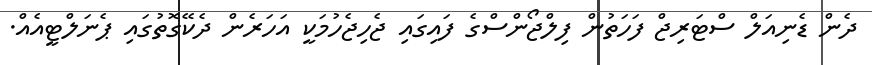
ދެން ޑެނިއަލް ސްޓަރިޖް ފަހަތުން ފިލްޖޯންސްގެ ފައިގައި ޖެހިޖެހުމަކީ އަހަރެން ދެކޭގޮތުގައި ޕެނަލްޓީއެއް.